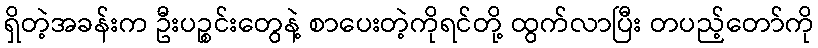
ရှိတဲ့အခန်းက ဦးပဉ္စင်းတွေနဲ့ စာပေးတဲ့ကိုရင်တို့ ထွက်လာပြီး တပည့်တော်ကို